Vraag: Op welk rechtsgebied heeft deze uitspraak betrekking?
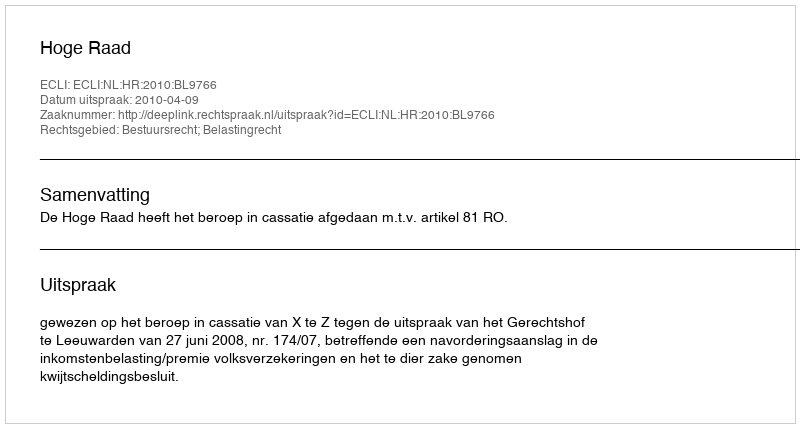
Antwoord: Bestuursrecht; Belastingrecht